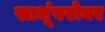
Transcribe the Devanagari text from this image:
साधूंबरोबर